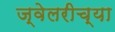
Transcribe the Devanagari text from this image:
ज्वेलरीच्या